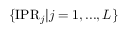
\{ \mathrm { I P R } _ { j } | j = 1 , . . . , L \}